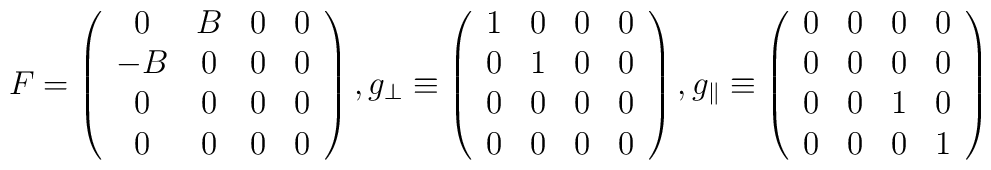
F =\left(\begin{array}{*{4}{c}}0&B&0&0\\-B&0&0&0\\0&0&0&0\\0&0&0&0\end{array}\right),g_{\perp}\equiv\left(\begin{array}{*{4}{c}}1&0&0&0\\0&1&0&0\\0&0&0&0\\0&0&0&0\end{array}\right),g_{\parallel}\equiv\left(\begin{array}{*{4}{c}}0&0&0&0\\0&0&0&0\\0&0&1&0\\0&0&0&1\end{array}\right)\nonumber\\